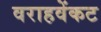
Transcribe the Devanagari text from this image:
वराहवेंकट